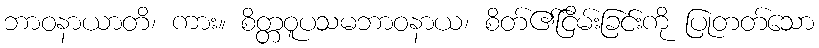
ဘာဝနာယာတိ၊ ကား။ စိတ္တဝူပသမဘာဝနာယ၊ စိတ်၏ငြိမ်းခြင်းကို ပြုတတ်သော